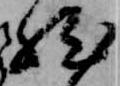
然